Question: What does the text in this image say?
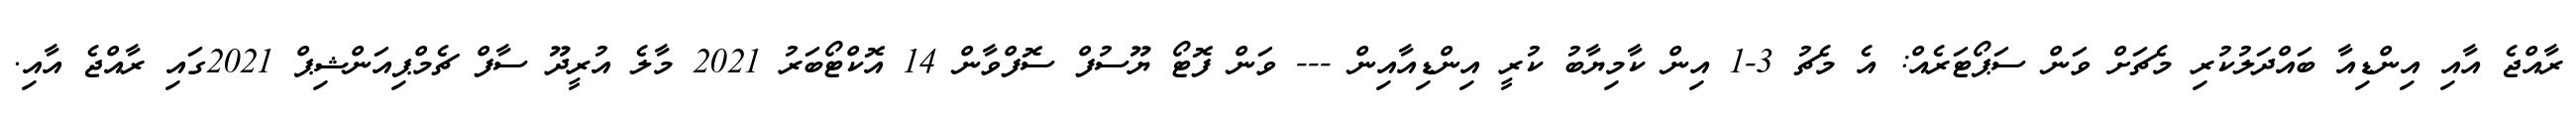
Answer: ރާއްޖެ އާއި އިންޑިއާ ބައްދަލުކުރި މެޗަށް ވަން ސަޕޯޓަރެއް: އެ މެޗު 3-1 އިން ކާމިޔާބު ކުރީ އިންޑިއާއިން --- ވަން ފޮޓޯ ޔޫސުފް ސޮފްވާން 14 އޮކްޓޯބަރު 2021 މާލެ އުރީދޫ ސާފް ޗެމްޕިއަންޝިޕް 2021ގައި ރާއްޖެ އާއި.